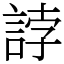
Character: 誖